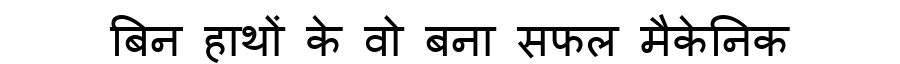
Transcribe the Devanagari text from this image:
बिन हाथों के वो बना सफल मैकेनिक